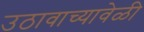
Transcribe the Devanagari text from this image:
उठावाच्यावेळी